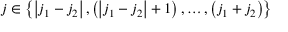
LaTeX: j \in \left\{ \left| j _ { 1 } - j _ { 2 } \right| , \left( \left| j _ { 1 } - j _ { 2 } \right| + 1 \right) , \ldots , \left( j _ { 1 } + j _ { 2 } \right) \right\}